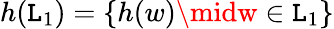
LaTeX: h(\mathtt{L}_{1})=\{ h(w)\midw\in\mathtt{L}_{1}\}